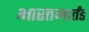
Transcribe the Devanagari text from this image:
भारतमार्तंड